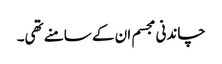
چاندنی مجسم ان کے سامنے تھی۔